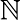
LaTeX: \boldsymbol{\mathbb{N}}